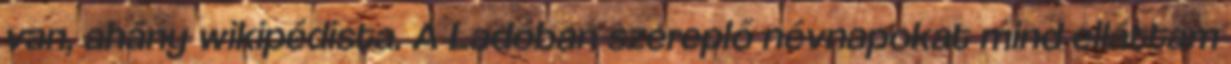
van, ahány wikipédista. A Ladóban szereplő névnapokat mind elláttam